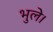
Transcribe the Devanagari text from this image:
भुले।